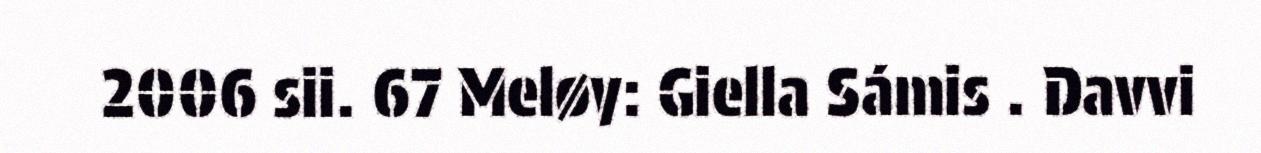
2006 sii. 67 Meløy: Giella Sámis . Davvi